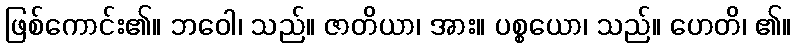
ဖြစ်ကောင်း၏။ ဘဝေါ၊ သည်။ ဇာတိယာ၊ အား။ ပစ္စယော၊ သည်။ ဟေတိ၊ ၏။